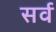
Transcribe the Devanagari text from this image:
सर्व